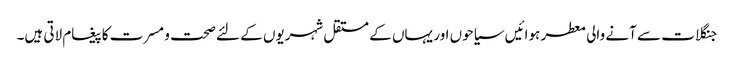
جنگلات سے آنے والی معطر ہوائیں سیاحوں اور یہاں کے مستقل شہریوں کے لئے صحت و مسرت کا پیغام لاتی ہیں۔